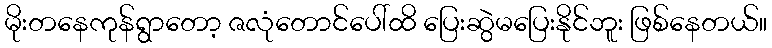
မိုးတနေကုန်ရွာတော့ ဇလုံတောင်ပေါ်ထိ ပြေးဆွဲမပြေးနိုင်ဘူး ဖြစ်နေတယ်။